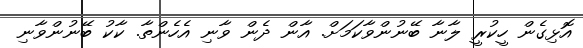
އޮޅިގެން ހީކުރީ ލާނާ ބޭނުންވާކަމަށް. އާން ދެން ވާނި އެހެންތާ. ކާކު ބޭނުންވާނި